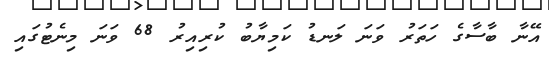
އޭނާ ބާސާގެ ހަތަރު ވަނަ ލަނޑު ކަމިޔާބު ކުރިއިރު 68 ވަނަ މިނެޓުގައި